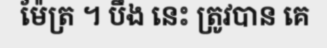
ម៉ែត្រ ។ បឹង នេះ ត្រូវបាន គេ